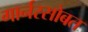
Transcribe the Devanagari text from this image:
गार्नरसोबत